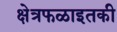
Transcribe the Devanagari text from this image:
क्षेत्रफळाइतकी